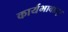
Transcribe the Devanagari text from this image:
कार्यभावात्।